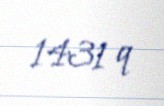
1431 q